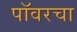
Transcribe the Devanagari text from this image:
पॉवरचा